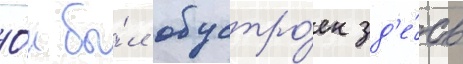
О́н бы́л обустро́ен зд'е́сь